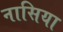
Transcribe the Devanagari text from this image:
नासिया